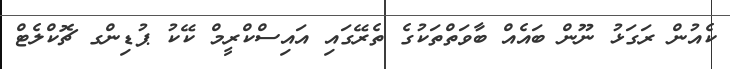
ކެއުން ރަގަޅު ނޫން ބައެއް ބާވަތްތަކުގެ ތެރޭގައި އައިސްކްރީމް ކޭކު ޕުޑިންގ ޗޮކްލެޓް